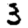
Digit: 3